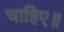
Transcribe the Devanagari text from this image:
चाहिए॥